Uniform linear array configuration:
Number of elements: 12
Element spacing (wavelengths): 0.25
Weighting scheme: blackman
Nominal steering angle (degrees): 45
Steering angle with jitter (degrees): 45.025
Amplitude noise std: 0.05
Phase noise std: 0.05

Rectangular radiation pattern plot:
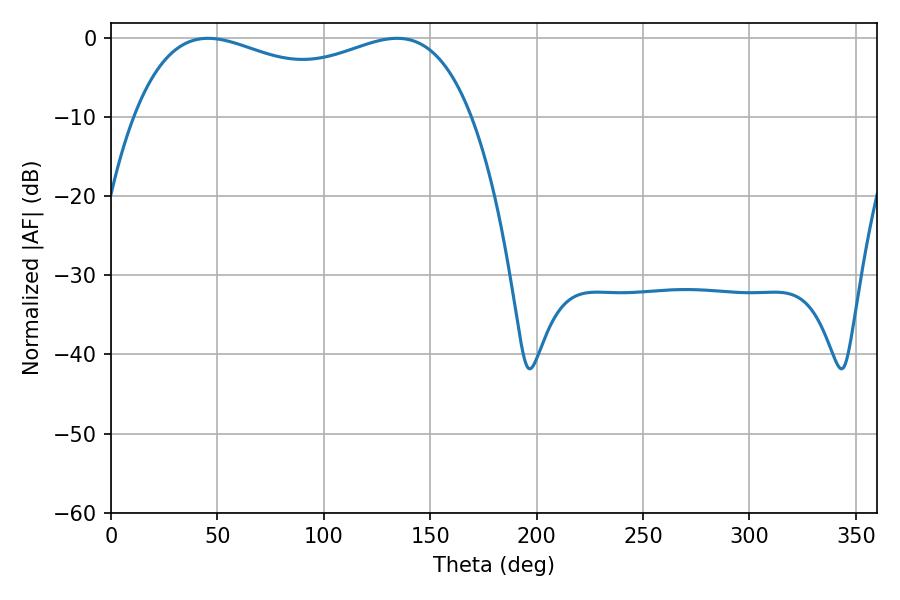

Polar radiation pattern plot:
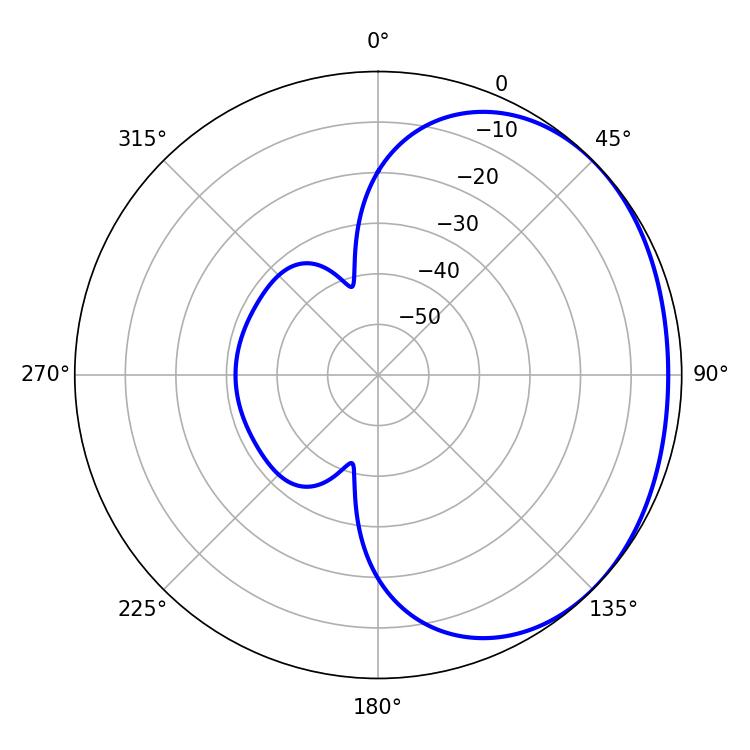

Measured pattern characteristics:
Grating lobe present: FALSE
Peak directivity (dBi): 1.496
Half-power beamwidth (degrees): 131.04
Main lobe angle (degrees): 45.54